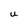
Character: u